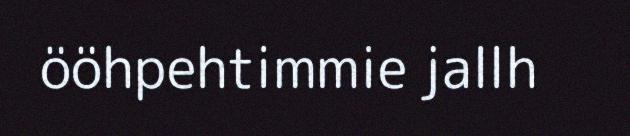
ööhpehtimmie jallh